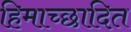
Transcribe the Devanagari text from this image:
हिमाच्‍छादित